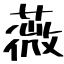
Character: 薇